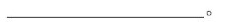
___________________________________。